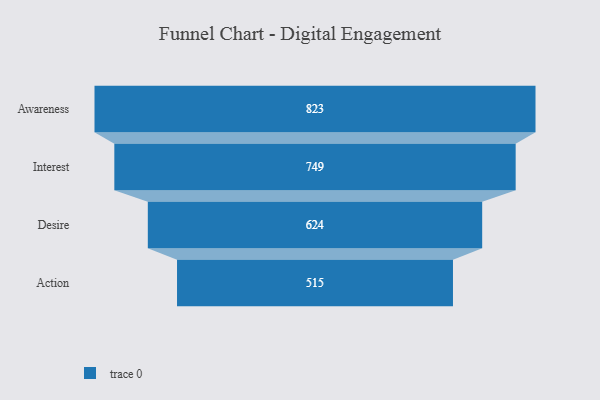
{"axis": {"x": "Stage", "y": "Value"}, "legend": [""], "data": [{"x": "Awareness", "y": 823.0, "type": ""}, {"x": "Interest", "y": 749.0, "type": ""}, {"x": "Desire", "y": 624.0, "type": ""}, {"x": "Action", "y": 515.0, "type": ""}]}